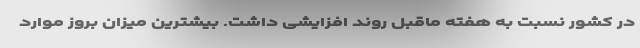
در کشور نسبت به هفته ماقبل روند افزایشی داشت. بیشترین میزان بروز موارد